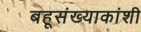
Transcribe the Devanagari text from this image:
बहूसंख्याकांशी